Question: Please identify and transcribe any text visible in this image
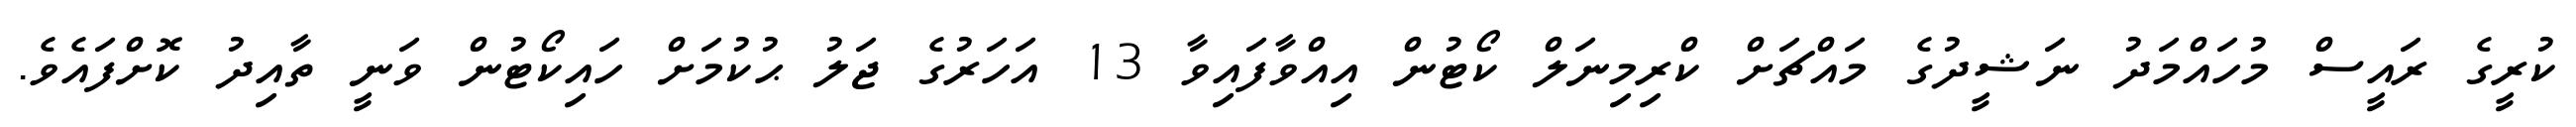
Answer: ކުރީގެ ރައީސް މުހައްމަދު ނަޝީދުގެ މައްޗަށް ކްރިމިނަލް ކޯޓުން އިއްވާފައިވާ 13 އަހަރުގެ ޖަލު ޙުކުމަށް ހައިކޯޓުން ވަނީ ތާއިދު ކޮށްފައެވެ.